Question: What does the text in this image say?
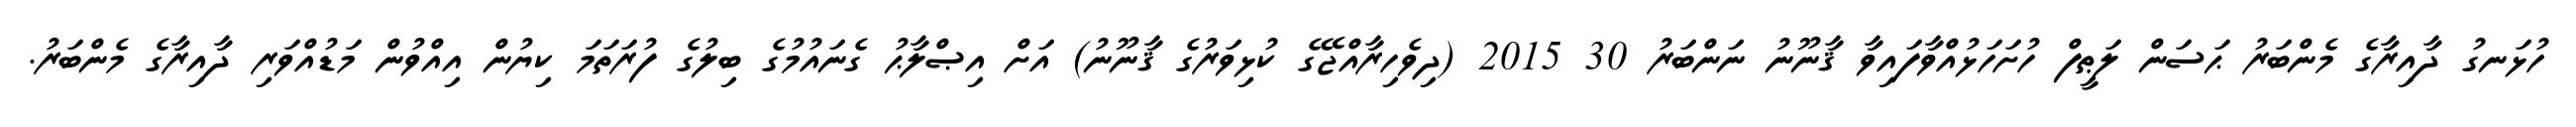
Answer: ހުޅަނގު ދާއިރާގެ މެންބަރު ޙަސަން ލަޠީފް ހުށަހަޅުއްވާފައިވާ ޤާނޫނު ނަންބަރު 30 2015 (ދިވެހިރާއްޖޭގެ ކުޅިވަރުގެ ޤާނޫނު) އަށް އިޞްލާޙު ގެނައުމުގެ ބިލުގެ ފުރަތަމަ ކިޔުން އިއްވުން މަޑުއްވަރި ދާއިރާގެ މެންބަރު.